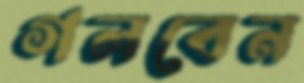
গলবেন